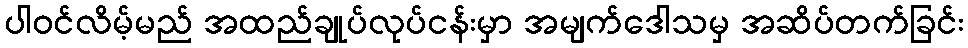
ပါဝင်လိမ့်မည် အထည်ချုပ်လုပ်ငန်းမှာ အမျက်ဒေါသမှ အဆိပ်တက်ခြင်း